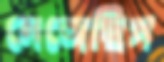
মেজেছিস